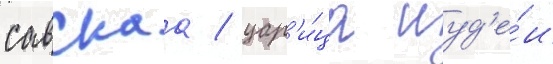
савскаа / цар'и́ца иуд'е́и